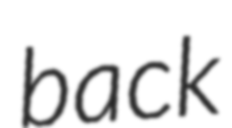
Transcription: back